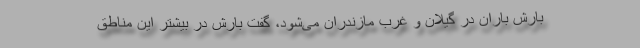
بارش باران در گیلان و غرب مازندران می‌شود، گفت بارش در بیشتر این مناطق